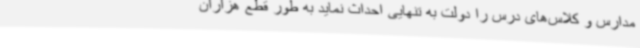
مدارس و کلاس‌های درس را دولت به تنهایی احداث نماید به طور قطع هزاران